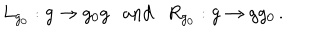
L _ { g _ { 0 } } : g \rightarrow g _ { 0 } g \ \ \ \mathrm { a n d } \ \ \ R _ { g _ { 0 } } : g \rightarrow g g _ { 0 } \, .